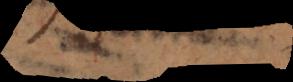
a n